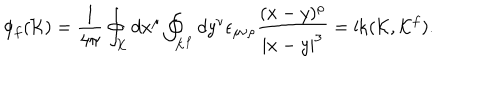
LaTeX: \phi _ { f } ( { \cal K } ) = { \frac { 1 } { 4 \pi } } \oint _ { \cal K } d x ^ { \mu } \oint _ { { \cal K } ^ { f } } d y ^ { \nu } \epsilon _ { \mu \nu \rho } { \frac { ( x - y ) ^ { \rho } } { | x - y | ^ { 3 } } } = \mathrm { l k } ( { \cal K } , { \cal K } ^ { f } ) .